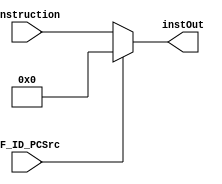
module nopGen(
input IF_ID_PCSrc,
input [31:0] instruction,
output [31:0] instOut
);

assign instOut = IF_ID_PCSrc ? (32'd0) : instruction;

endmodule